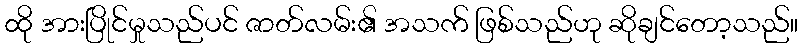
ထို အားပြိုင်မှုသည်ပင် ဇာတ်လမ်း၏ အသက် ဖြစ်သည်ဟု ဆိုချင်တော့သည်။